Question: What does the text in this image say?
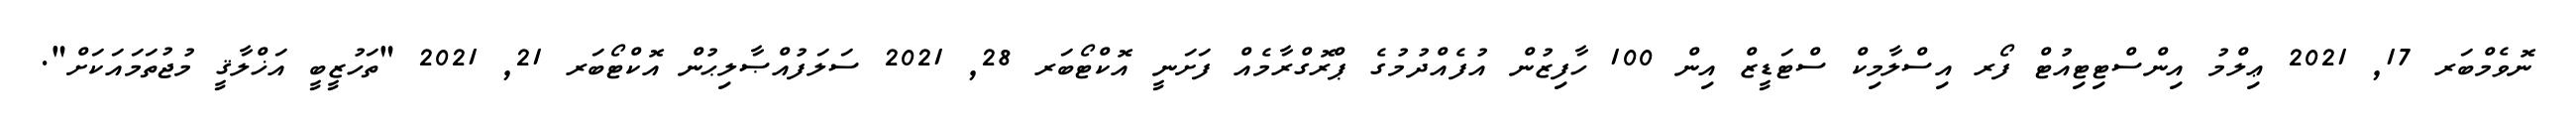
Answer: ނޮވެމްބަރ 17, 2021 ޢިލްމު އިންސްޓިޓިއުޓް ފޯރ އިސްލާމިކް ސްޓަޑީޒް އިން 100 ހާފިޒުން އުފެއްދުމުގެ ޕްރޮގްރާމެއް ފަށަނީ އޮކްޓޯބަރ 28, 2021 ސަލަފުއްޞާލިޙުން އޮކްޓޯބަރ 21, 2021 "ތަހުޒީބީ އަޚްލާޤީ މުޖުތަމައަކަށް".